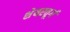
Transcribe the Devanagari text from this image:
शेयरवूर्ग